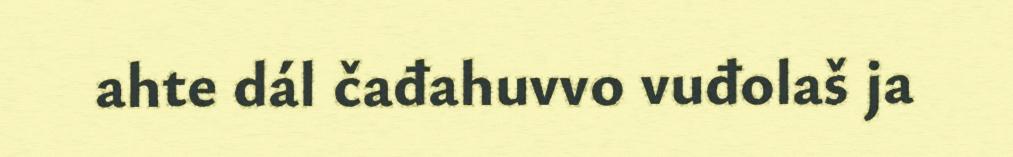
ahte dál čađahuvvo vuđolaš ja